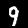
Digit: 9